Indian journal of veterinary science and animal husbandry - Volume 7,
Year: 1937
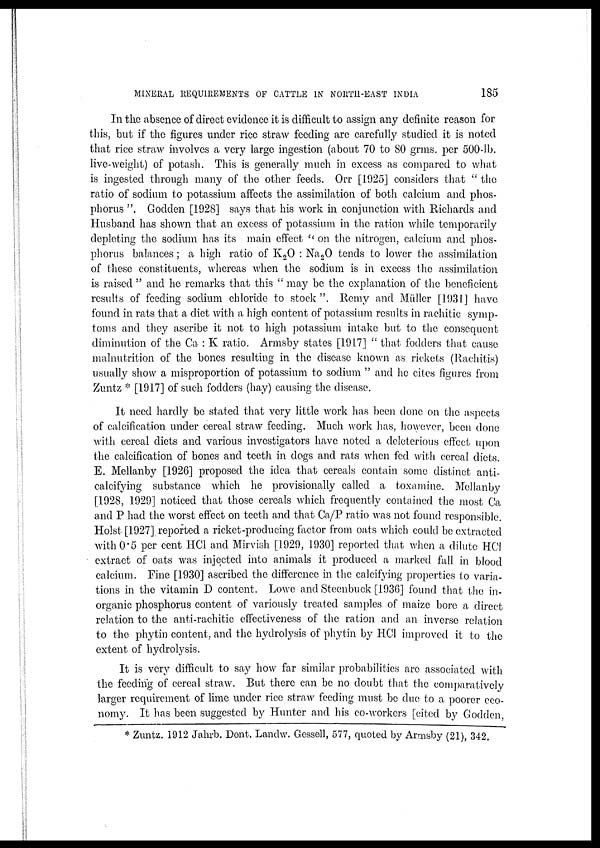
MINERAL REQUIREMENTS OF CATTLE IN NORTH-EAST INDIA
185
In the absence of direct evidence it is difficult to assign any definite reason for
this, but if the figures under rice straw feeding are carefully studied it is noted
that rice straw involves a very large ingestion (about 70 to 80 grms. per 500-lb.
live-weight) of potash. This is generally much in excess as compared to what
is ingested through many of the other feeds. Orr [1925] considers that " the
ratio of sodium to potassium affects the assimilation of both calcium and phos-
phorus ". Godden [1928] says that his work in conjunction with Richards and
Husband has shown that an excess of potassium in the ration while temporarily
depleting the sodium has its main effect " on the nitrogen, calcium and phos-
phorus balances ; a high ratio of K 2 O : Na 2 O tends to lower the assimilation
of these constituents, whereas when the sodium is in excess the assimilation
is raised " and he remarks that this " may be the explanation of the beneficient
results of feeding sodium chloride to stock ". Remy and Müller [1931] have
found in rats that a diet with a high content of potassium results in rachitic symp-
toms and they ascribe it not to high potassium intake but to the consequent
diminution of the Ca : K ratio. Armsby states [1917] " that fodders that cause
malnutrition of the bones resulting in the disease known as rickets (Rachitis)
usually show a misproportion of potassium to sodium " and he cites figures from
Zuntz . [1917] of such fodders (hay) causing the disease.
It need hardly be stated that very little work has been done on the aspects
of calcification under cereal straw feeding. Much work has, however, been done
with cereal diets and various investigators have noted a deleterious effect upon
the calcification of bones and teeth in dogs and rats when fed with cereal diets.
E. Mellanby [1926] proposed the idea that cereals contain some distinct anti-
calcifying substance which he provisionally called a toxamine. Mellanby
[1928, 1929] noticed that those cereals which frequently contained the most Ca
and P had the worst effect on teeth and that Ca/P ratio was not found responsible.
Holst [1927] reported a ricket-producing factor from oats which could be extracted
with 0.5 per cent HCI and Mirvish [1929, 1930] reported that when a dilute HCI
extract of oats was injected into animals it produced a marked fall in blood
calcium. Fine [1930] ascribed the difference in the calcifying properties to varia-
tions in the vitamin D content. Lowe and Steenbuck [1936] found that the in-
organic phosphorus content of variously treated samples of maize bore a direct
relation to the anti-rachitic effectiveness of the ration and an inverse relation
to the phytin content, and the hydrolysis of phytin by HCI improved it to the
extent of hydrolysis.
It is very difficult to say how far similar probabilities are associated with
the feeding of cereal straw. But there can be no doubt that the comparatively
larger requirement of lime under rice straw feeding must be due to a poorer eco-
nomy. It has been suggested by Hunter and his co-workers [cited by Godden,
* Zuntz. 1912 Jahrb. Dent. Landw. Gessell, 577, quoted by Armsby (21), 342.